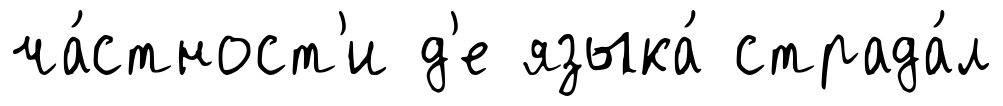
ча́стност'и д'е языка́ страда́л